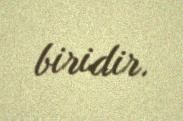
biridir.